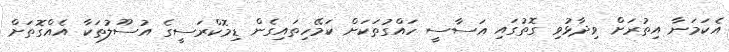
އެކަމަނާ އިތުރަށް ވިދާޅުވި ގޮތުގައި އަސާސީ ހައްގުތަކަށް ކަމޭހިތައިގެން ޑިމޮކްރަސީގެ އުސޫލުތަކާ އެއްގޮތަށް